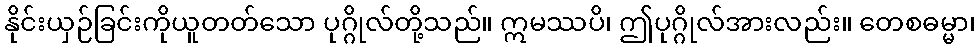
နိုင်းယှဉ်ခြင်းကိုယူတတ်သော ပုဂ္ဂိုလ်တို့သည်။ ဣမဿပိ၊ ဤပုဂ္ဂိုလ်အားလည်း။ တေစဓမ္မာ၊